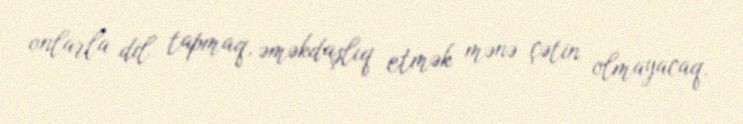
onlarla dil tapmaq, əməkdaşlıq etmək mənə çətin olmayacaq.